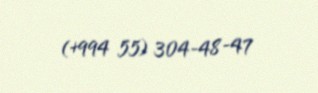
(+994 55) 304-48-47